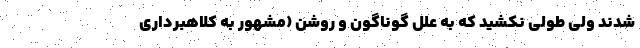
شدند ولی طولی نکشید که به علل گوناگون و روشن (مشهور به کلاهبرداری